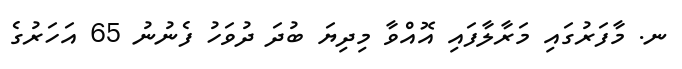
ނ. މާފަރުގައި މަރާލާފައި އޮއްވާ މިދިޔަ ބުދަ ދުވަހު ފެނުނު 65 އަހަރުގެ